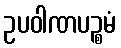
ဥပဝါဏပဉ္စမံ